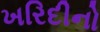
ખરિદીનો